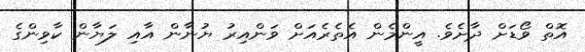
އޮތް ވޯޑަށް ދާށެވެ. އީންމެން އެތެރެއަށް ވަންއިރު ޔުނާން އާއި ލަޔާން ކާވިންގެ